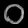
Digit: ၀